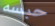
حبسه